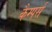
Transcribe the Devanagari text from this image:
कैम्पर्स